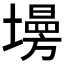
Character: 𡑦